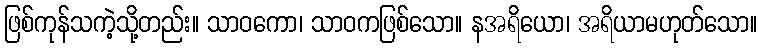
ဖြစ်ကုန်သကဲ့သို့တည်း။ သာဝကော၊ သာဝကဖြစ်သော။ နအရိယော၊ အရိယာမဟုတ်သော။